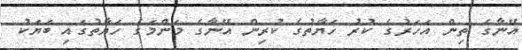
އޭނާގެ ތިން އަހަރުގެ ކުރު ހަޔާތުގެ ކުރިން އޭނާގެ މަންމަގެ ހަޔާތުގައި ބަޔަކު